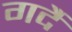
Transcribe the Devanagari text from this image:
गर्दै